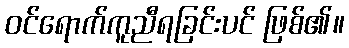
ဝင်ရောက်ကူညီရခြင်းပင် ဖြစ်၏။